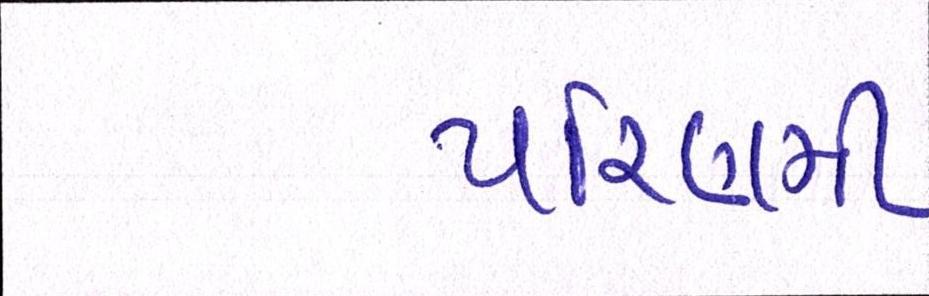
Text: પરિણમી